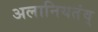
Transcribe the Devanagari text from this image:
अलानियतंव्